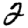
Digit: 2